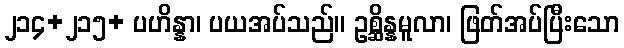
၂၁၄+၂၁၅+ ပဟိန္နာ၊ ပယအပ်သည်။ ဥစ္ဆိန္နမူလာ၊ ဖြတ်အပ်ပြီးသော